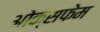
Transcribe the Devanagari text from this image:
ओक्सफेम